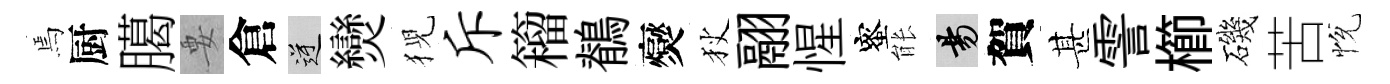
焉厨臈要倉逆𤓖猊斥籕鶺爕狄翮惺蜜䏻昜賀甚霅櫛磯苦恱